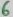
Text: 6